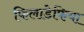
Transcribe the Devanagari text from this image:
फिलाडेफिया